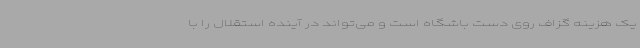
یک هزینه گزاف روی دست باشگاه است و می‌تواند در آینده استقلال را با